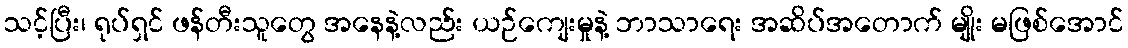
သင့်ပြီး၊ ရုပ်ရှင် ဖန်တီးသူတွေ အနေနဲ့လည်း ယဉ်ကျေးမှုနဲ့ ဘာသာရေး အဆိပ်အတောက် မျိုး မဖြစ်အောင်